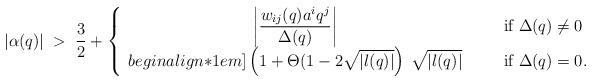
LaTeX: \begin{align*}|\alpha(q)| \;>\; \frac{3}{2} + \left\{ \begin{array}{ccl}\displaystyle \left| \frac{w_{ij}(q) a^i q^j}{\Delta(q)} \right|&\;\;\;& {\mbox{if $\Delta(q) \neq 0$}} \\begin{align*}1em]\displaystyle \left(1+\Theta(1-2\sqrt{|l(q)|} \right)\: \sqrt{|l(q)|}&& {\mbox{if $\Delta(q)=0$}}. \end{array} \right.\end{align*}